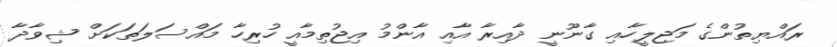
ރައްޔިތުންގެ މަޖިލީހާއި ގާނޫނީ ދާއިރާ އާއި އާންމު އިޖުތިމާއީ ހުރިހާ މައްސަލަތަކަށް ޝިވާދާ